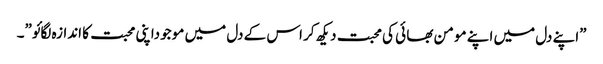
”اپنے دل میں اپنے مو من بھا ئی کی محبت دیکھ کر اس کے دل میں مو جوداپنی محبت کا اندازہ لگائو”۔